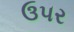
ઉ૫ર